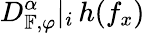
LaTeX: D_{\mathbb{F},\varphi}^{\alpha}|_{i}\, h(f_{x})